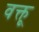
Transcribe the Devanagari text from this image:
वक्तू